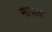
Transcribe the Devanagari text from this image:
मात्रल